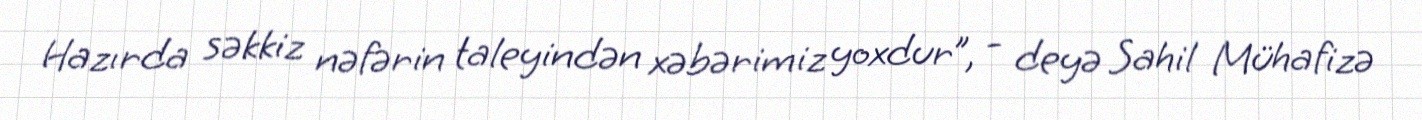
Hazırda səkkiz nəfərin taleyindən xəbərimiz yoxdur”, - deyə Sahil Mühafizə